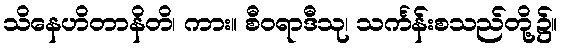
သိနေဟိတာနိတိ၊ ကား။ စီဝရာဒီသု၊ သင်္ကန်းစသည်တို့၌။